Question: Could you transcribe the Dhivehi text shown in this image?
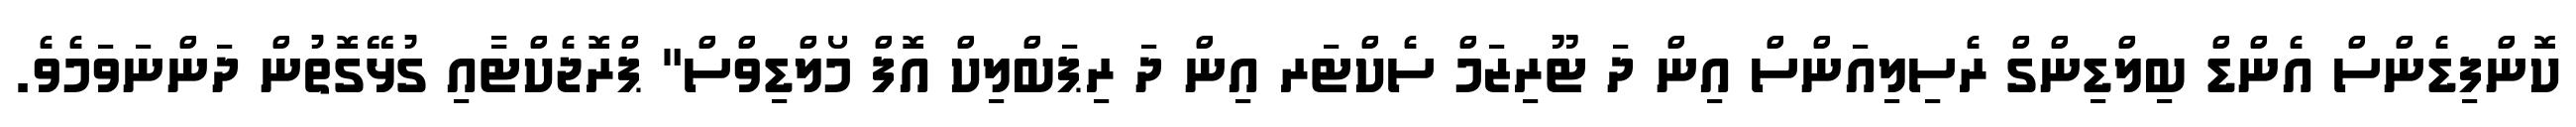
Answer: ކޮންފިޑެންސް އެންޑް ބިލްޑިންގް ރެސިލިއަންސް އިން ދަ ޓޫރިޒަމް ސެކްޓަރ އިން ދަ ރިޕަބްލިކް އޮފް މޯލްޑިވްސް" ޕްރޮޖެކްޓާއި ގުޅޭގޮތުން ދަންނަވަމެވެ.